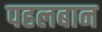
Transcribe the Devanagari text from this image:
पहलबान